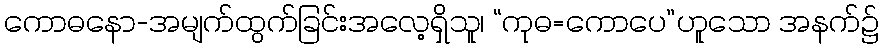
ကောဓနော-အမျက်ထွက်ခြင်းအလေ့ရှိသူ၊ “ကုဓ=ကောပေ”ဟူသော အနက်၌